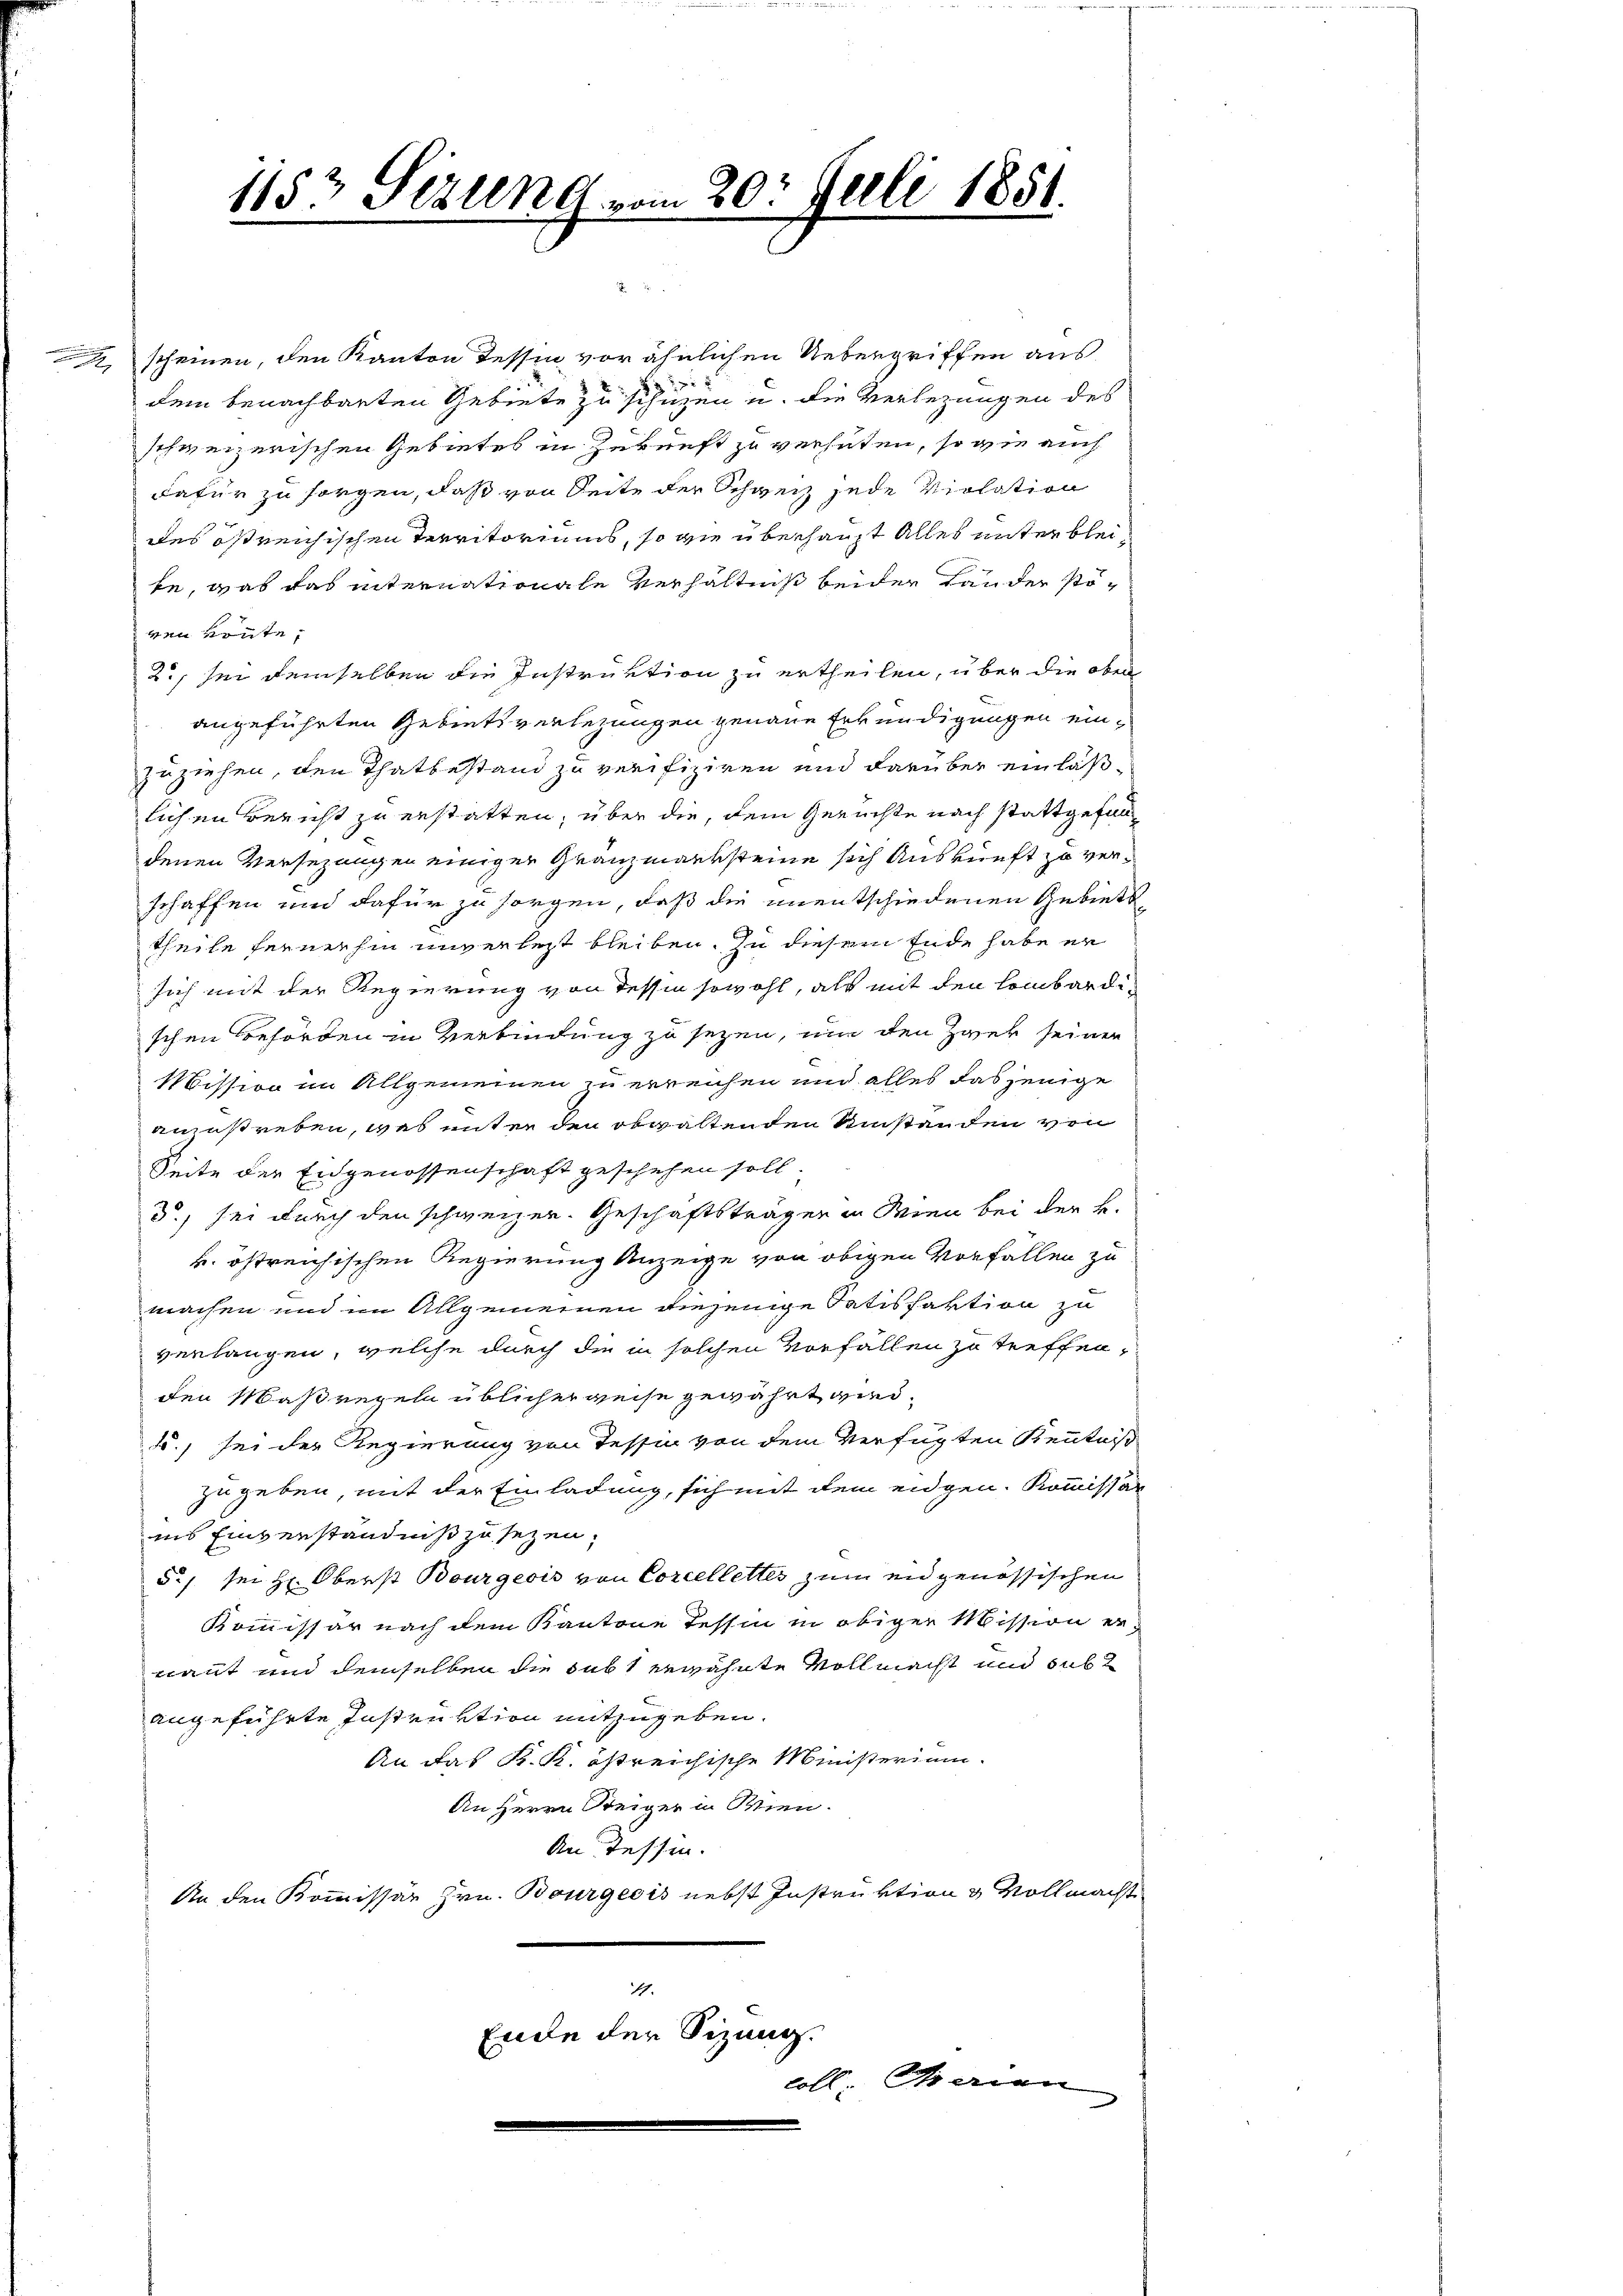
1153 Seiten vom 20. Juli 1851.

1 scheinen, den Kanton Tessin vor ähnlichen Uebergriffen aus
dem benachbarten Gebiete zu sehen u. die Verlegungen des
schweizerischen Gebietes in Zukunft zu verhüten, so wie auch
dafür zu sorgen, daß von Seite der Schweiz jede violation
des östreichischen Territoriums, so wie überhaupt alles unter bleite, was das internationale Verhältnis beider Bänder stöven könte,
2., sei demselben die Instruktion zu ertheilen, über die oben
angeführten Gebiets verlegungen genaue Erkundigungen einzuziehen, den Thatbestand zu verifiziren und darüber einläßlichen Bericht zu erstatten, über die, dem Gerichte nach stattgefun
denen Versezungen einiger Gränzmarksteine sich Auskunft zu verschaffen und dafür zu sorgen, daß die unentschiedenen Gebietstheile fernerhin unverleit bleiben. Zu diesem Ende habe er
sich mit der Regierung von dessen sowohl, als mit den Lombardischen Behörden in Verbindung zu sezen, um den Zwey seinen
Mission im Allgemeinen zu erreichen und alles dasjenige
anzustreben, was unter den obwaltenden einstanden von
Seite der Eidgenossenschaft geschehen soll.
3., sei durch den schweizer. Geschäftsträgen in Wien bei der B.
k. östreichischen Regierung Anzeige von obigen Vorfällen zu
machen und im Allgemeinen diejenige Satisfaktion zu
verlangen, welche durch die in solchen Vorfällen zu treffen,
den Maßregeln üblicher weise gewährt wird,
., sei der Regierung von Tessin von dem Verfügten Kenntniß
zu geben, mit der Einladung, sich mit dem eidgen. Kommissär
ins Einverständniß zu sezen,
5./ sei Hr. Oberst Bourgeois von Corcellettes zum eidgenössischen
Kommissär nach dem Kantone Tessin in obiger Mission er-
nannt und demselben die Subt erwähnte Vollmacht und sub
angeführte Instruktion mitzugeben.
An das K. K. östreichische Ministerium
An Herrn Steiger in Wien.
An Tessin.
An den Kommissär Hrn. Bourgeois nebst Instruktion & Vollmachte
1.
Ende der Sizung.
coll daran